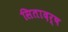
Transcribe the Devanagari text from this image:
सितादर्ष